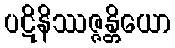
ပဋိနိဿဇ္ဇန္တိယော